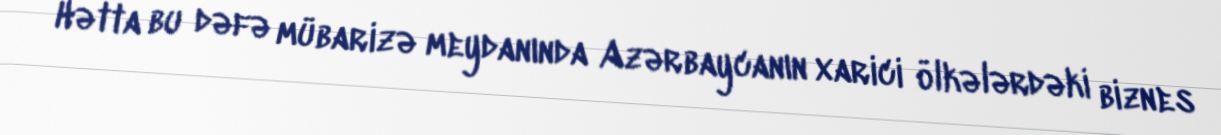
Hətta bu dəfə mübarizə meydanında Azərbaycanın xarici ölkələrdəki biznes